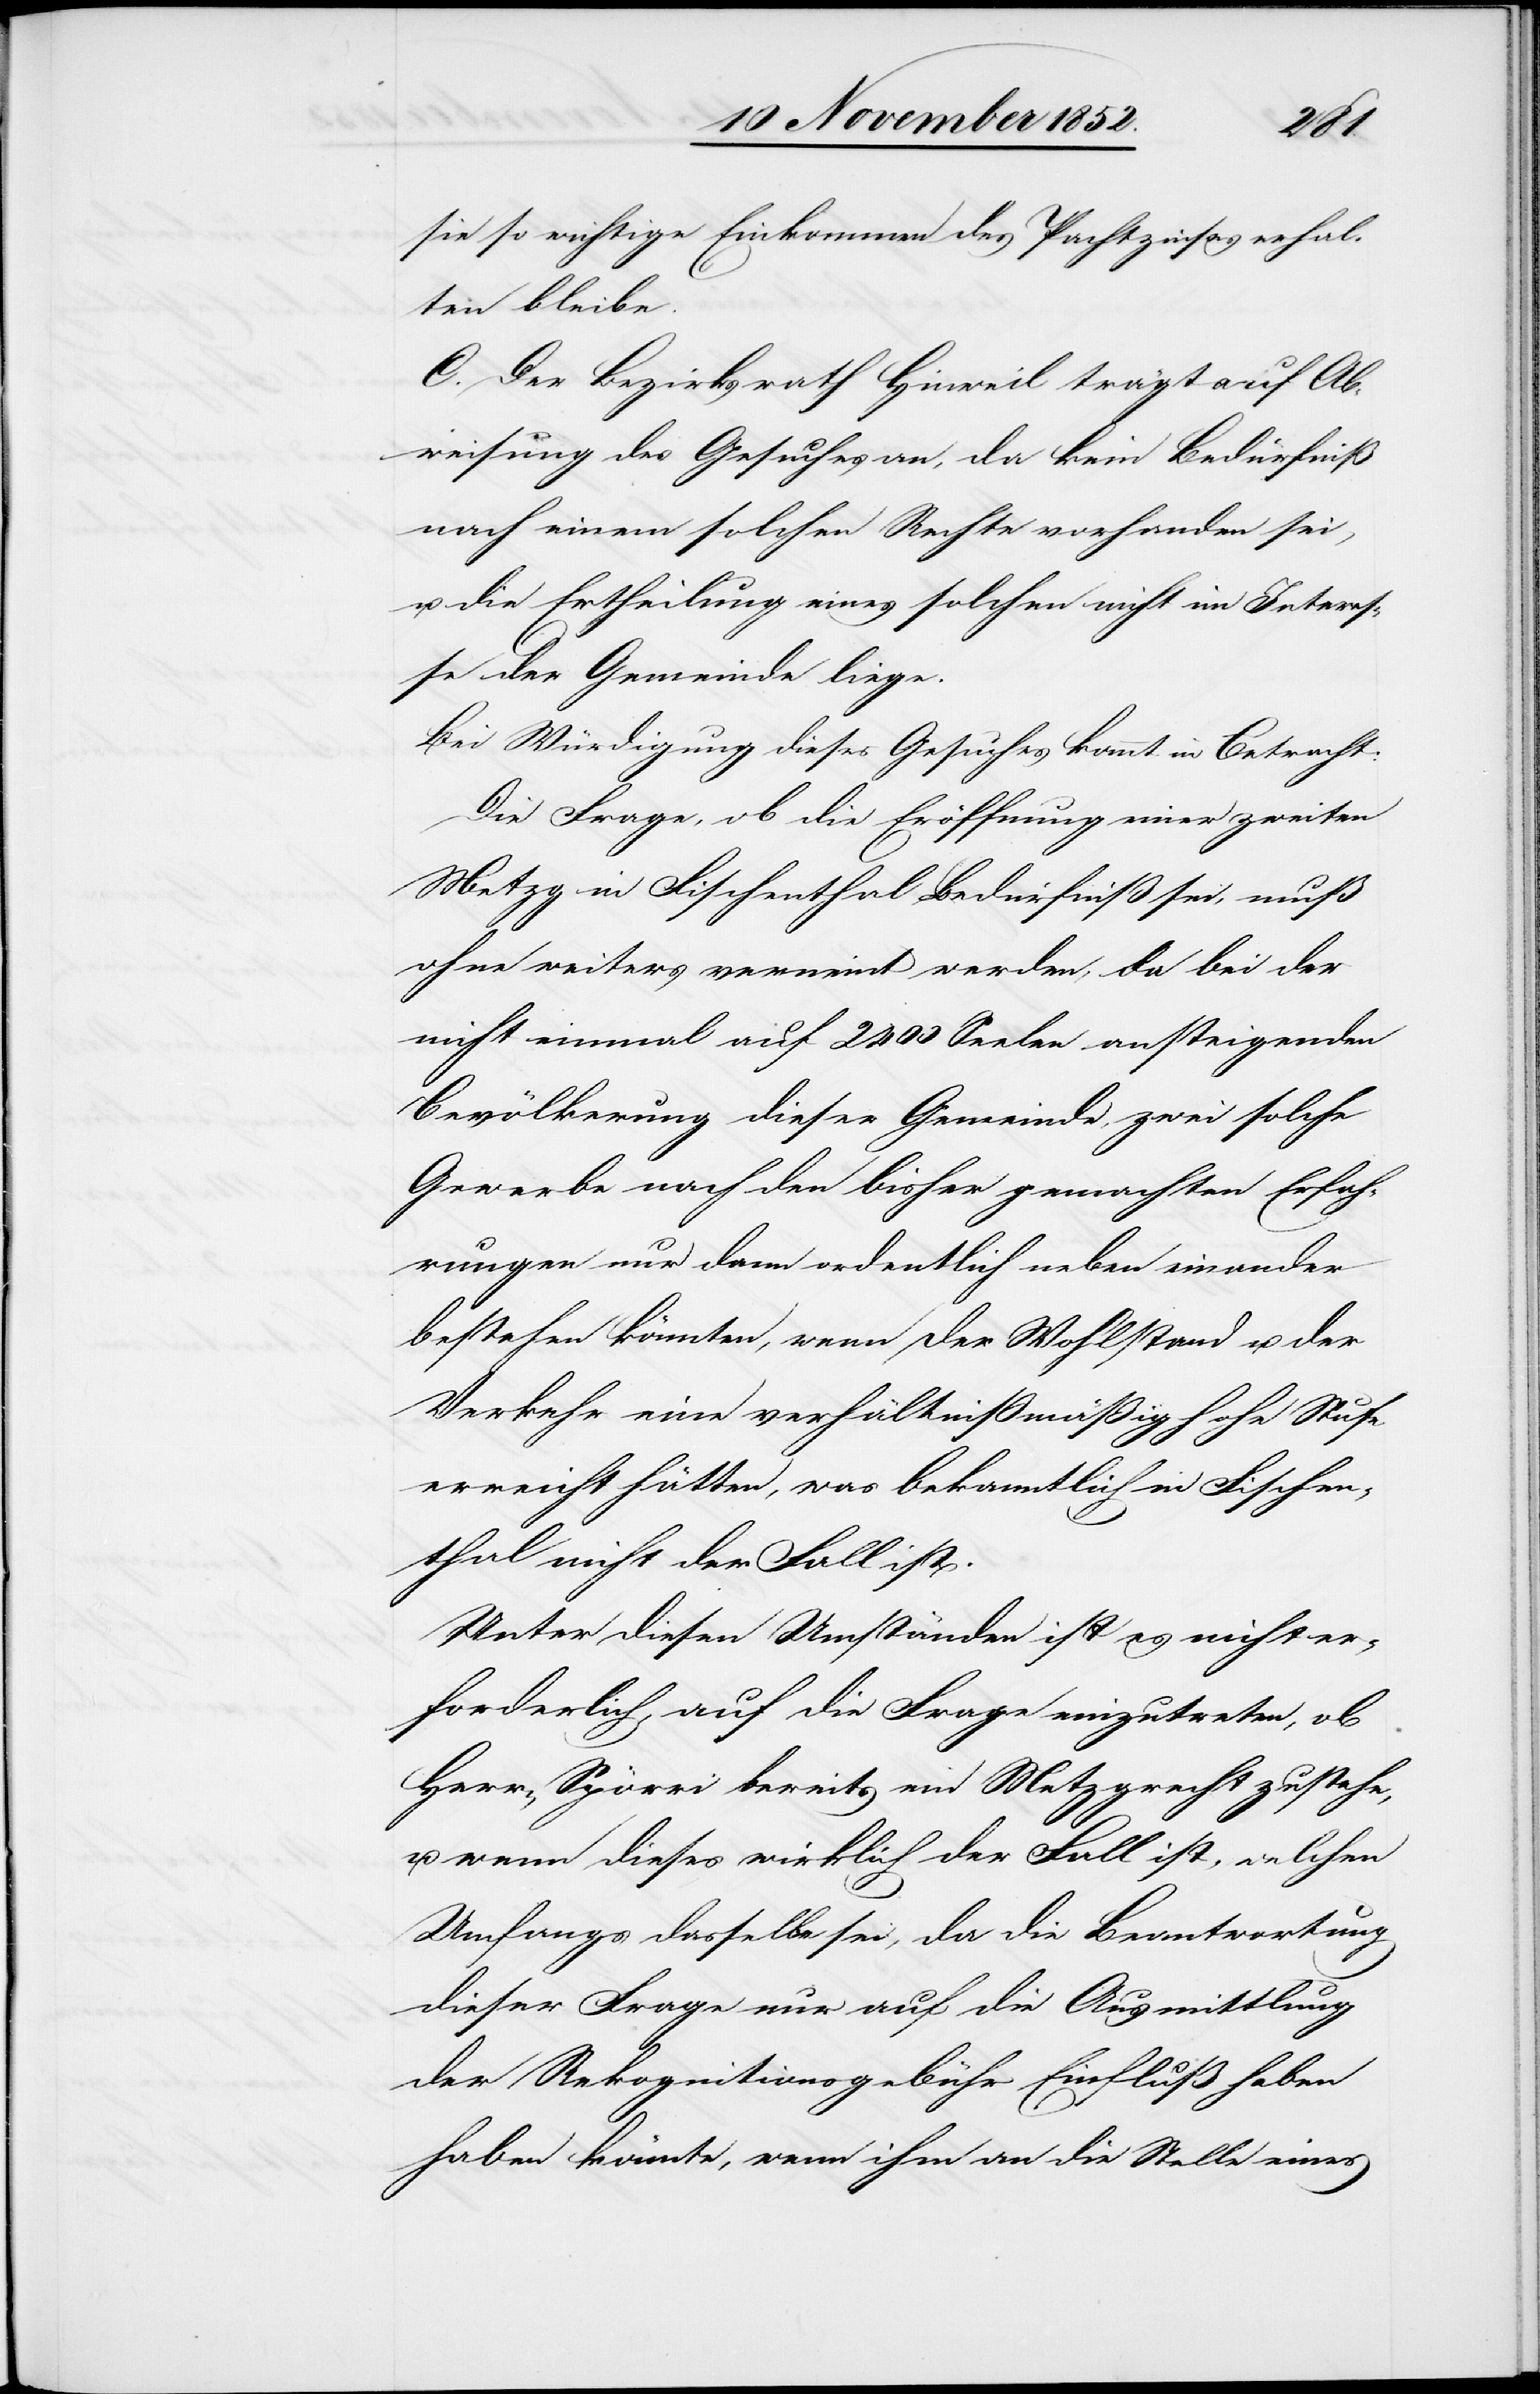
sie so wichtige Einkommen des Pachtzinses erhal¬
ten bleibe.
C. Der Bezirksrath Hinweil trägt auf Ab¬
weisung des Gesuches an, da kein Bedürfniß
nach einem solchen Rechte vorhanden sei,
u. die Ertheilung eines solchen nicht im Interes¬
se der Gemeinde liege.
Bei Würdigung dieses Gesuches kommt in Betracht:
Die Frage, ob die Eröffnung einer zweiten
Metzg in Fischenthal Bedürfniß sei, muß
ohne weiteres verneint werden, da bei der
nicht einmal auf 2400 Seelen ansteigenden
Bevölkerung dieser Gemeinde, zwei solche
Gewerbe nach den bisher gemachten Erfah¬
rungen nur dann ordentlich neben einander
bestehen könnten, wenn der Wohlstand u. der
Verkehr eine verhältnißmäßig hohe Stufe
erreicht hätten, was bekanntlich in Fischen¬
thal nicht der Fall ist.
Unter diesen Umständen ist es nicht er¬
forderlich, auf die Frage einzutreten, ob
Herrn Spörri bereits ein Metzgrecht zustehe,
u. wenn dieses wirklich der Fall ist, welchen
Umfangs dasselbe sei, da die Beantwortung
dieser Frage nur auf die Ausmittlung
der Rekognitionsgebühr Einfluß haben
haben [sic!] könnte, wenn ihm an die Stelle eines